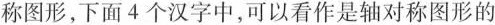
称图形，下面4个汉字中，可以看作是轴对称图形的